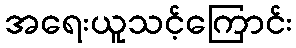
အရေးယူသင့်ကြောင်း